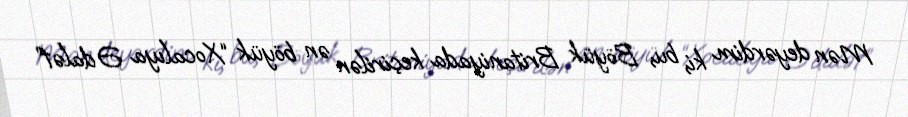
Mən deyərdim ki, bu, Böyük Britaniyada keçirilən ən böyük “Xocalıya Ədalət”